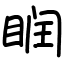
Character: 𥆧